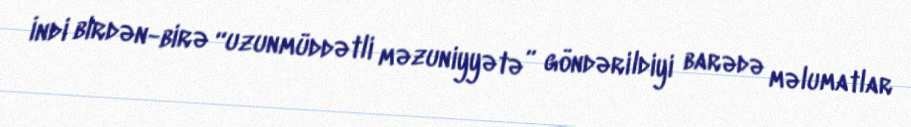
İndi birdən-birə “uzunmüddətli məzuniyyətə” göndərildiyi barədə məlumatlar